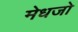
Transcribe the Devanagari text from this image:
मेधजो